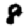
Digit: 8